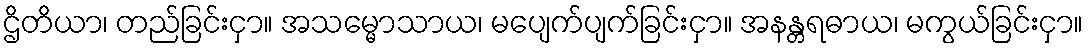
ဌိတိယာ၊ တည်ခြင်းငှာ။ အသမ္မောသာယ၊ မပျေက်ပျက်ခြင်းငှာ။ အနန္တရဓာယ၊ မကွယ်ခြင်းငှာ။